Civil Veterinary Department Bengal reports 1923-33 - 1923-1933
Year: 1923
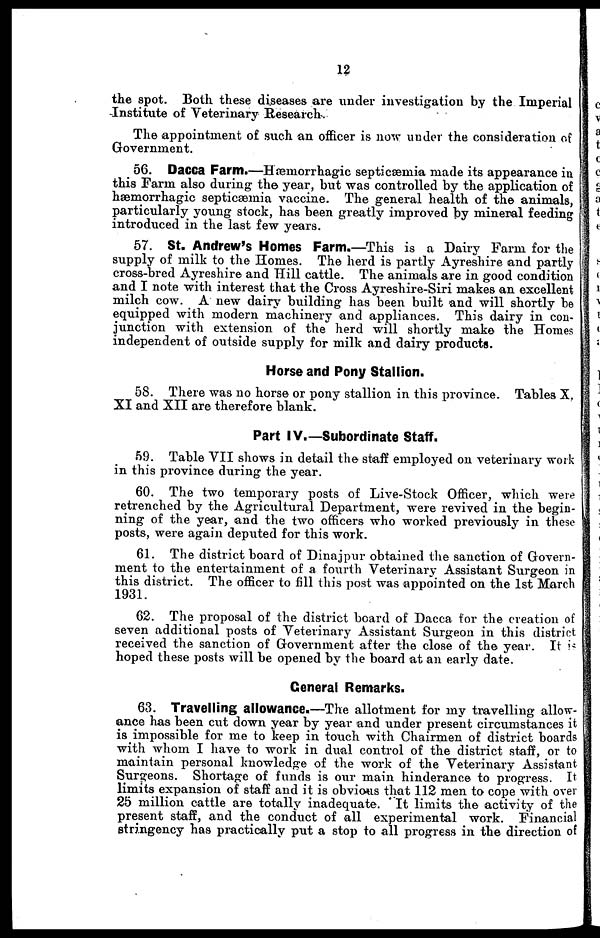
12
the spot. Both these diseases are under investigation by the Imperial
Institute of Veterinary Research.
The appointment of such an officer is now under the consideration of
Government.
56. Dacca Farm.—Hæmorrhagic septicæmia made its appearance in
this Farm also during the year, but was controlled by the application of
hæmorrhagic septicæmia vaccine. The general health of the animals,
particularly young stock, has been greatly improved by mineral feeding
introduced in the last few years.
57. St. Andrew's Homes Farm.—This is a Dairy Farm for the
supply of milk to the Homes. The herd is partly Ayreshire and partly
cross-bred Ayreshire and Hill cattle. The animals are in good condition
and I note with interest that the Cross Ayreshire-Siri makes an excellent
milch cow. A new dairy building has been built and will shortly be
equipped with modern machinery and appliances. This dairy in con-
junction with extension of the herd will shortly make the Homes
independent of outside supply for milk and dairy products.
Horse and Pony Stallion.
58. There was no horse or pony stallion in this province. Tables X.
XI and XII are therefore blank.
Part IV.—Subordinate Staff.
59. Table VII shows in detail the staff employed on veterinary work
in this province during the year.
60. The two temporary posts of Live-Stock Officer, which were
retrenched by the Agricultural Department, were revived in the begin-
ning of the year, and the two officers who worked previously in these
posts, were again deputed for this work.
61. The district board of Dinajpur obtained the sanction of Govern-
ment to the entertainment of a fourth Veterinary Assistant Surgeon in
this district. The officer to fill this post was appointed on the 1st March
1931.
62. The proposal of the district board of Dacca for the creation of
seven additional posts of Veterinary Assistant Surgeon in this district
received the sanction of Government after the close of the year. It is
hoped these posts will be opened by the board at an early date.
General Remarks.
63. Travelling allowance.—The allotment for my travelling allow-
ance has been cut down year by year and under present circumstances it
is impossible for me to keep in touch with Chairmen of district boards
with whom I have to work in dual control of the district staff, or to
maintain personal knowledge of the work of the Veterinary Assistant
Surgeons. Shortage of funds is our main hinderance to progress. It
limits expansion of staff and it is obvious that 112 men to cope with over
25 million cattle are totally inadequate. It limits the activity of the
present staff, and the conduct of all experimental work. Financial
stringency has practically put a stop to all progress in the direction of